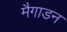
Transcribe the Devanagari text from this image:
मैगाडन